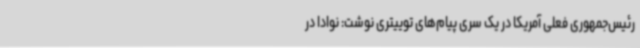
رئیس‌جمهوری فعلی آمریکا در یک سری پیام‌های توییتری نوشت: نوادا در